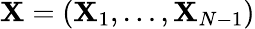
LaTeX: {\mathbf{X}}=({\mathbf{X}}_{1},\ldots,{\mathbf{X}}_{N-1})